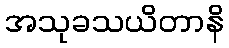
အသုခသယိတာနိ